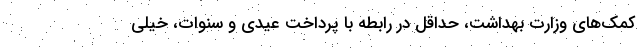
کمک‌های وزارت بهداشت، حداقل در رابطه با پرداخت عیدی و سنوات، خیلی